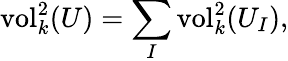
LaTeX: {\mathrm{vol}}_{k}^{2}(U)=\sum_{I}{\mathrm{vol}}_{k}^{2}(U_{I}),